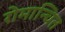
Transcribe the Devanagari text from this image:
रोमान्चित